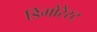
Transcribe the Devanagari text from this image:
डिमोरेस्ट